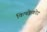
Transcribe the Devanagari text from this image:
किषक्केकोट